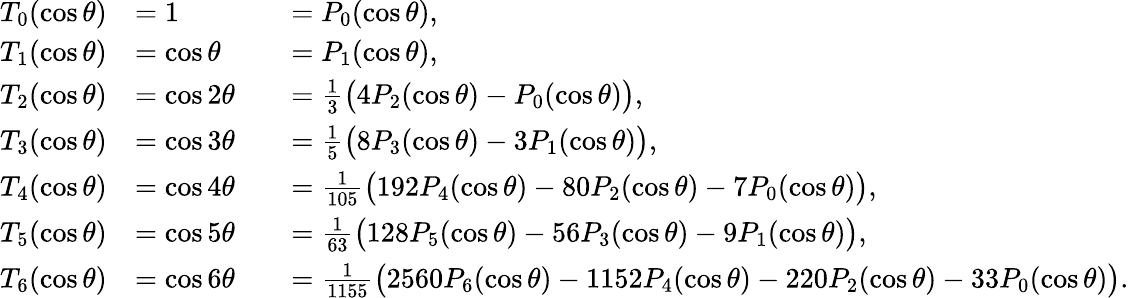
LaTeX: {\begin{array}{rlrl}{T_{0}(\cos\theta)}&{=1}&&{=P_{0}(\cos\theta),}\\ {T_{1}(\cos\theta)}&{=\cos\theta}&&{=P_{1}(\cos\theta),}\\ {T_{2}(\cos\theta)}&{=\cos 2\theta}&&{={\frac{1}{3}}{\bigl(}4P_{2}(\cos\theta)-P_{0}(\cos\theta){\bigr)},}\\ {T_{3}(\cos\theta)}&{=\cos 3\theta}&&{={\frac{1}{5}}{\bigl(}8P_{3}(\cos\theta)-3P_{1}(\cos\theta){\bigr)},}\\ {T_{4}(\cos\theta)}&{=\cos 4\theta}&&{={\frac{1}{105}}{\bigl(}192P_{4}(\cos\theta)-80P_{2}(\cos\theta)-7P_{0}(\cos\theta){\bigr)},}\\ {T_{5}(\cos\theta)}&{=\cos 5\theta}&&{={\frac{1}{63}}{\bigl(}128P_{5}(\cos\theta)-56P_{3}(\cos\theta)-9P_{1}(\cos\theta){\bigr)},}\\ {T_{6}(\cos\theta)}&{=\cos 6\theta}&&{={\frac{1}{1155}}{\bigl(}2560P_{6}(\cos\theta)-1152P_{4}(\cos\theta)-220P_{2}(\cos\theta)-33P_{0}(\cos\theta){\bigr)}.}\end{array}}